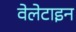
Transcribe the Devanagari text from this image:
वेलेटाइन